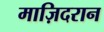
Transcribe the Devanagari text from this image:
माज़िदरान